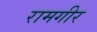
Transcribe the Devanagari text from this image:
रामगीर